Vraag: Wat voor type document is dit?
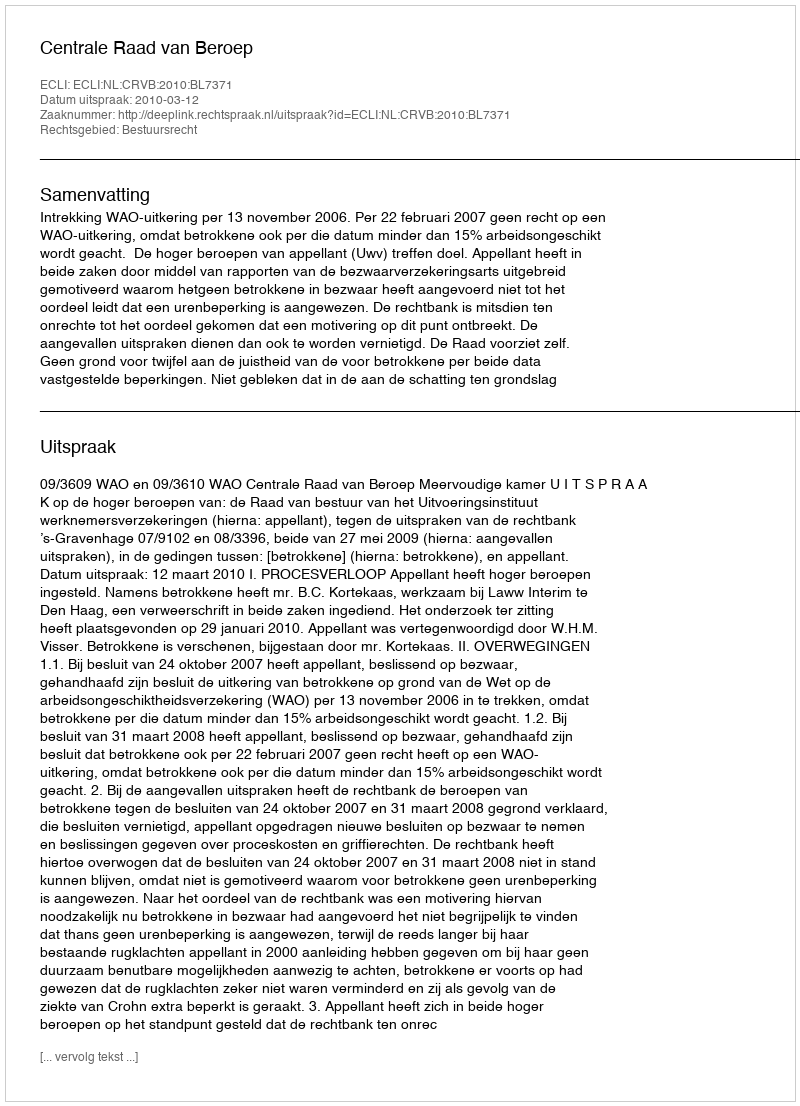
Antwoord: Uitspraak